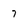
Character: 7